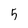
Character: 5